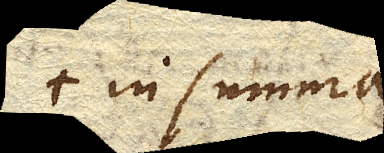
in summa